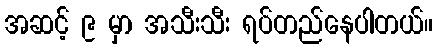
အဆင့် ၉ မှာ အသီးသီး ရပ်တည်နေပါတယ်။